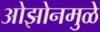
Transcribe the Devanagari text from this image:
ओझोनमुळे